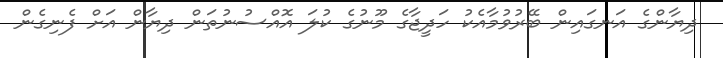
ދިޔާންގެ އަނގައިން ބޭރުވުމާއެކު ހަދީޖާގެ މޫނުގެ ކުލަ އޮއްސުނުތަން ދިޔާން އަށް ފެނިގެން